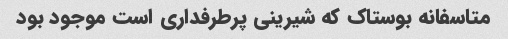
متاسفانه بوستاک که شیرینی پرطرفداری است موجود بود